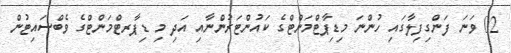
02 ވަނަ ފަންގިފިލާގައި ހުންނަ މިޑިޕާޓްމަންޓްގެ ކައުންޓަރުންނާއި އަދި މި ޑިޕާރޓްމަންޓްގެ ވެބްސައިޓުން